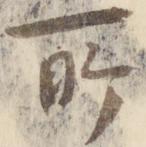
所